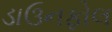
ડાઉનફોલ